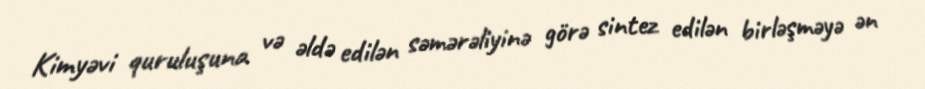
Kimyəvi quruluşuna və əldə edilən səmərəliyinə görə sintez edilən birləşməyə ən